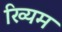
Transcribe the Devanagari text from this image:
ख्यिम